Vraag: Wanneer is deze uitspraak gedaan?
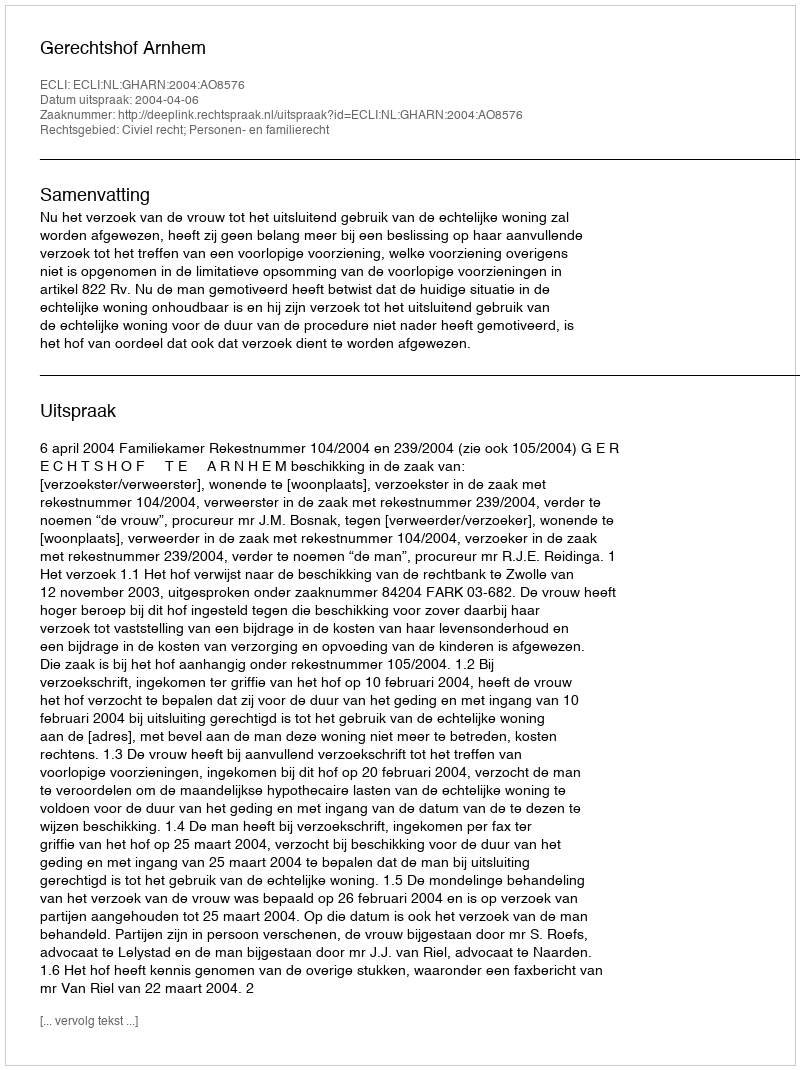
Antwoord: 2004-04-06